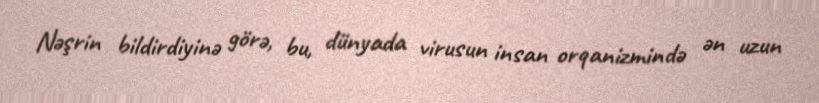
Nəşrin bildirdiyinə görə, bu, dünyada virusun insan orqanizmində ən uzun